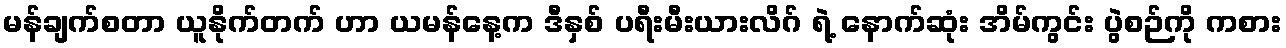
မန်ချက်စတာ ယူနိုက်တက် ဟာ ယမန်နေ့က ဒီနှစ် ပရီးမီးယားလိဂ် ရဲ့ နောက်ဆုံး အိမ်ကွင်း ပွဲစဉ်ကို ကစား